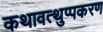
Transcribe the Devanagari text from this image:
कथावत्थुप्पकरण